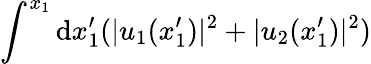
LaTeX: \int^{x_{1}}\mathrm{d}x_{1}^{\prime}(|u_{1}(x_{1}^{\prime})|^{2}+|u_{2}(x_{1}^{\prime})|^{2})